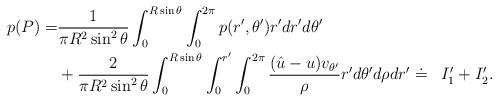
LaTeX: \begin{align*}\begin{aligned}p(P)=&\frac{1}{\pi R^{2}\sin^{2}\theta}\int_{0}^{R\sin\theta}\int_{0}^{2\pi}p(r',\theta')r'dr'd\theta'\\&+\frac{2}{\pi R^{2}\sin^{2}\theta}\int_{0}^{R\sin\theta}\int_{0}^{r'}\int_{0}^{2\pi}\frac{(\hat{u}-u)v_{\theta'}}{\rho}r'd\theta'd\rho dr'\doteq& I_{1}'+I_{2}'.\end{aligned}\end{align*}